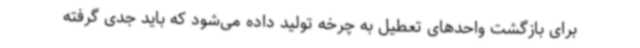
برای بازگشت واحدهای تعطیل به چرخه تولید داده می‌شود که باید جدی گرفته